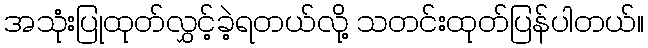
အသုံးပြုထုတ်လွှင့်ခဲ့ရတယ်လို့ သတင်းထုတ်ပြန်ပါတယ်။